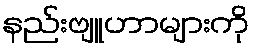
နည်းဗျူဟာများကို